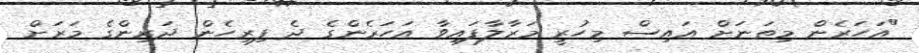
"އަހަރެން މިތަނަށް އައިސް މިހުރީ މަރާލާފައިވާ އަހަރެންގެ ދެ ފިރިހެން ދަރިންގެ މަރަށް